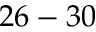
2 6 - 3 0